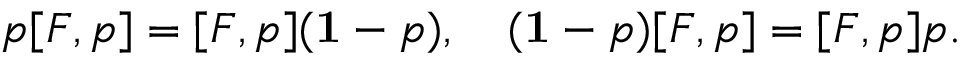
p [ F , p ] = [ F , p ] ( { \bf 1 } - p ) , \quad ( { \bf 1 } - p ) [ F , p ] = [ F , p ] p .